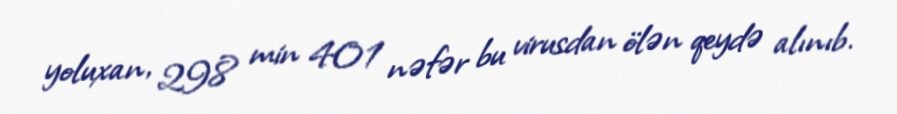
yoluxan, 298 min 401 nəfər bu virusdan ölən qeydə alınıb.